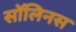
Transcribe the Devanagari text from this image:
सॉलिनस